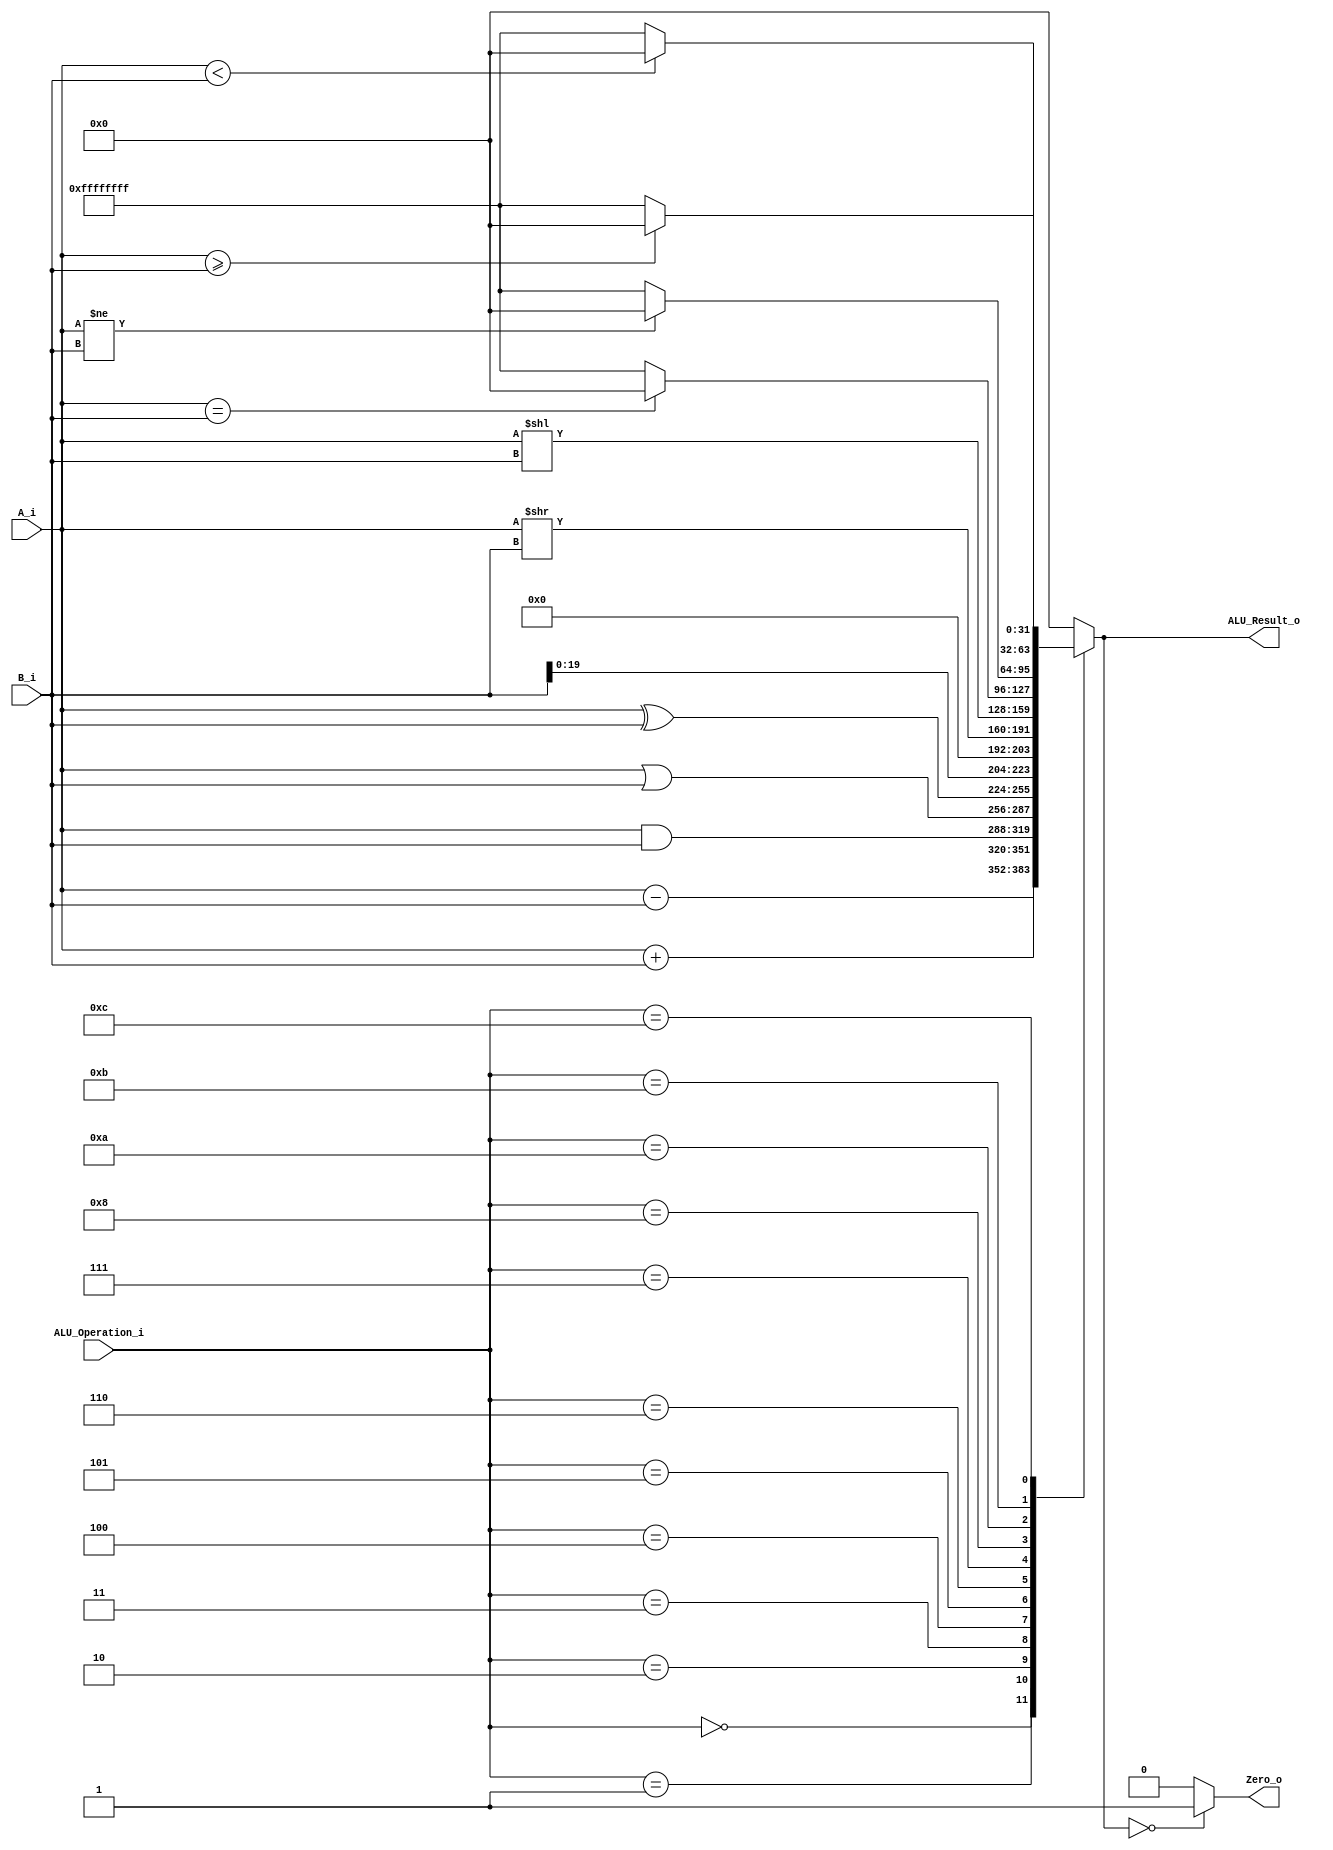
/******************************************************************
* Description
*	This is an 32-bit arithetic logic unit that can execute the next set of operations:
*		add

* This ALU is written by using behavioral description.
* Version:
*	1.0
* Author:
*	Dr. Jos Luis Pizano Escalante
* email:
*	luispizano@iteso.mx
* Date:
*	16/08/2021
******************************************************************/

module ALU 
(
	input [3:0] ALU_Operation_i,
	input signed [31:0] A_i,
	input signed [31:0] B_i,
	output reg Zero_o,
	output reg [31:0] ALU_Result_o
);

localparam ADD 	= 4'b0000;
localparam SUB		= 4'b0001;
localparam AND		= 4'b0010;
localparam OR		= 4'b0011;
localparam XOR		= 4'b0100;
localparam LUI		= 4'b0101;
localparam SR		= 4'b0110;
localparam SL		= 4'b0111;
localparam BEQ		= 4'b1000;
localparam BNE		= 4'b1010;
localparam BLT		= 4'b1011;
localparam BGE		= 4'b1100;
localparam JAL		= 4'b1101;

   
   always @ (A_i or B_i or ALU_Operation_i)
     begin
		case (ALU_Operation_i)
		ADD:
			ALU_Result_o = A_i + B_i;
		SUB:
			ALU_Result_o = A_i - B_i;
		AND:
			ALU_Result_o = A_i & B_i;
		OR:
			ALU_Result_o = A_i | B_i;
		XOR:
			ALU_Result_o = A_i ^ B_i;
		LUI:
			ALU_Result_o = B_i << 12;
		SR:
			ALU_Result_o = A_i >> B_i;
		SL:
			ALU_Result_o = A_i << B_i;
		BEQ:
			ALU_Result_o = A_i == B_i ?{32{1'b0}}:{32{1'b1}};
		BNE:
			ALU_Result_o = A_i != B_i ?{32{1'b0}}:{32{1'b1}};
		BLT:
			ALU_Result_o = A_i < B_i  ?{32{1'b0}}:{32{1'b1}};
		BGE:
			ALU_Result_o = A_i >= B_i ?{32{1'b0}}:{32{1'b1}};
		JAL:
			ALU_Result_o = {32{1'b0}};
		default:
			ALU_Result_o = 0;
		endcase // case(control)
		
		Zero_o = (ALU_Result_o == 0) ? 1'b1 : 1'b0;
		
     end // always @ (A or B or control)
endmodule // ALU